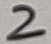
Text: 3